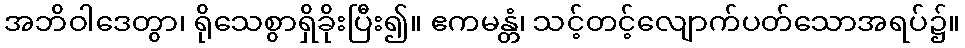
အဘိဝါဒေတွာ၊ ရိုသေစွာရှိခိုးပြီး၍။ ဧကမန္တံ၊ သင့်တင့်လျောက်ပတ်သောအရပ်၌။